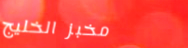
مخبز الخليج